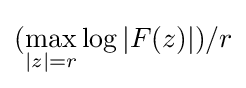
(\max _{|z|=r}\log |F(z)|)/r